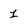
Character: 1